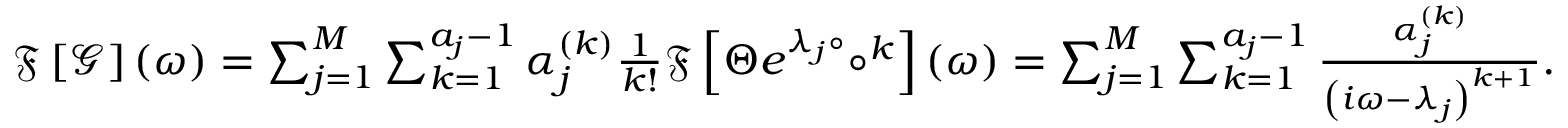
\begin{array} { r } { \mathfrak { F } \left[ \mathcal { G } \right] ( \omega ) = \sum _ { j = 1 } ^ { M } \sum _ { k = 1 } ^ { a _ { j } - 1 } \alpha _ { j } ^ { ( k ) } \frac { 1 } { k ! } \mathfrak { F } \left[ \Theta e ^ { \lambda _ { j } \circ } \circ ^ { k } \right] ( \omega ) = \sum _ { j = 1 } ^ { M } \sum _ { k = 1 } ^ { a _ { j } - 1 } \frac { \alpha _ { j } ^ { ( k ) } } { \left( i \omega - \lambda _ { j } \right) ^ { k + 1 } } . } \end{array}